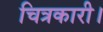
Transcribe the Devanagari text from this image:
चित्रकारी।